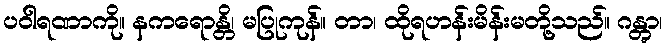
ပဝါရဏာကို။ နကရောန္တိ၊ မပြုကုန်။ တာ၊ ထိုရဟန်းမိန်းမတို့သည်။ ဂန္တွာ၊